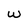
Character: w